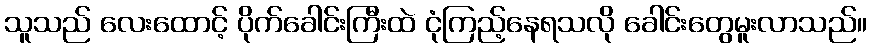
သူသည် လေးထောင့် ပိုက်ခေါင်းကြီးထဲ ငုံကြည့်နေရသလို ခေါင်းတွေမူးလာသည်။